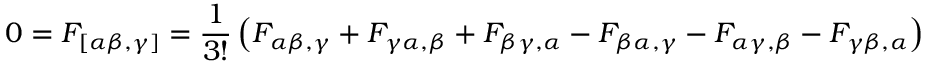
0 = F _ { [ \alpha \beta , \gamma ] } = { \frac { 1 } { 3 ! } } \left( F _ { \alpha \beta , \gamma } + F _ { \gamma \alpha , \beta } + F _ { \beta \gamma , \alpha } - F _ { \beta \alpha , \gamma } - F _ { \alpha \gamma , \beta } - F _ { \gamma \beta , \alpha } \right)